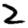
Digit: 2